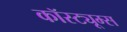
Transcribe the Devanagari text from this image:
कॉस्ट्यूम्स